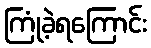
ကြုံခဲ့ရကြောင်း